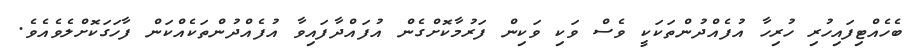
ބެހެއްޓިފައިހުރި ހުރިހާ އުފެއްދުންތަކަކީ ވެސް ވަކި ވަކިން ފަރުމާކޮށްގެން އުފައްދާފައިވާ އުފެއްދުންތަކެއްކަން ފާހަގަކޮށްލެވެއެވެ.